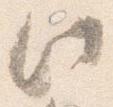
此